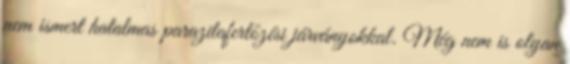
nem ismert hatalmas parazitafertőzési járványokkal. Még nem is olyan